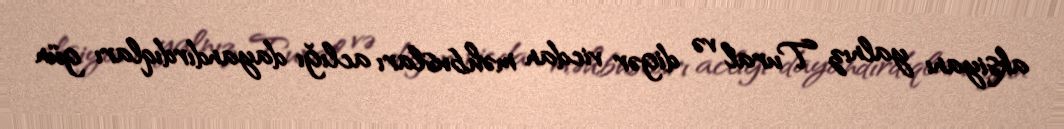
aksiyanı yalnız Tural və digər vicdan məhbusları aclığı dayandırdıqları gün